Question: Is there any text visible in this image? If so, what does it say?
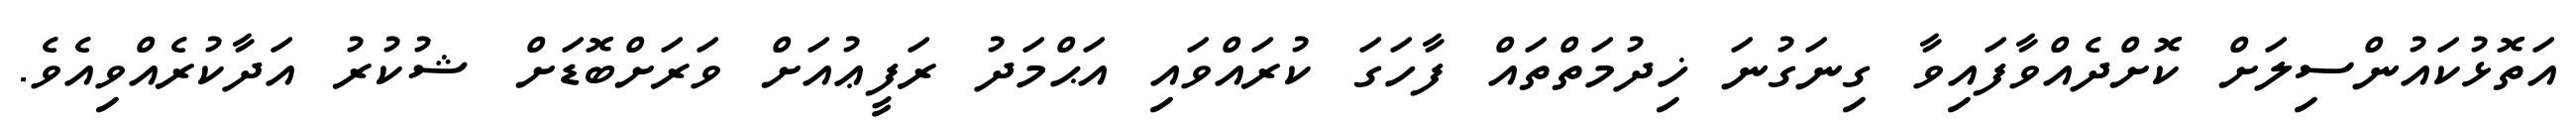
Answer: އަތޮޅުކައުންސިލަށް ކޮށްދެއްވާފައިވާ ގިނަގުނަ ޚިދުމަތްތައް ފާހަގަ ކުރައްވައި އަޙްމަދު ރަފީޢުއަށް ވަރަށްބޮޑަށް ޝުކުރު އަދާކުރެއްވިއެވެ.